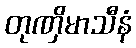
တုဏှိမာသီနံ